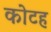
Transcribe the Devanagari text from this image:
कोटह